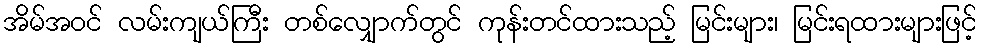
အိမ်အဝင် လမ်းကျယ်ကြီး တစ်လျှောက်တွင် ကုန်းတင်ထားသည့် မြင်းများ၊ မြင်းရထားများဖြင့်